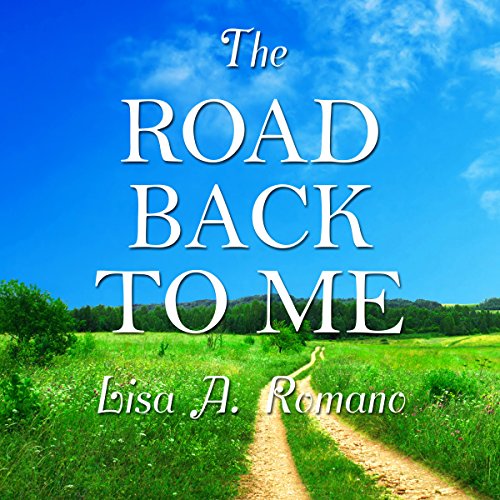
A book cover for The Road Back to Me: Healing and Recovering from Co-Dependency, Addiction, Enabling, and Low Self Esteem; Lisa A. Romano; Health, Fitness & Dieting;